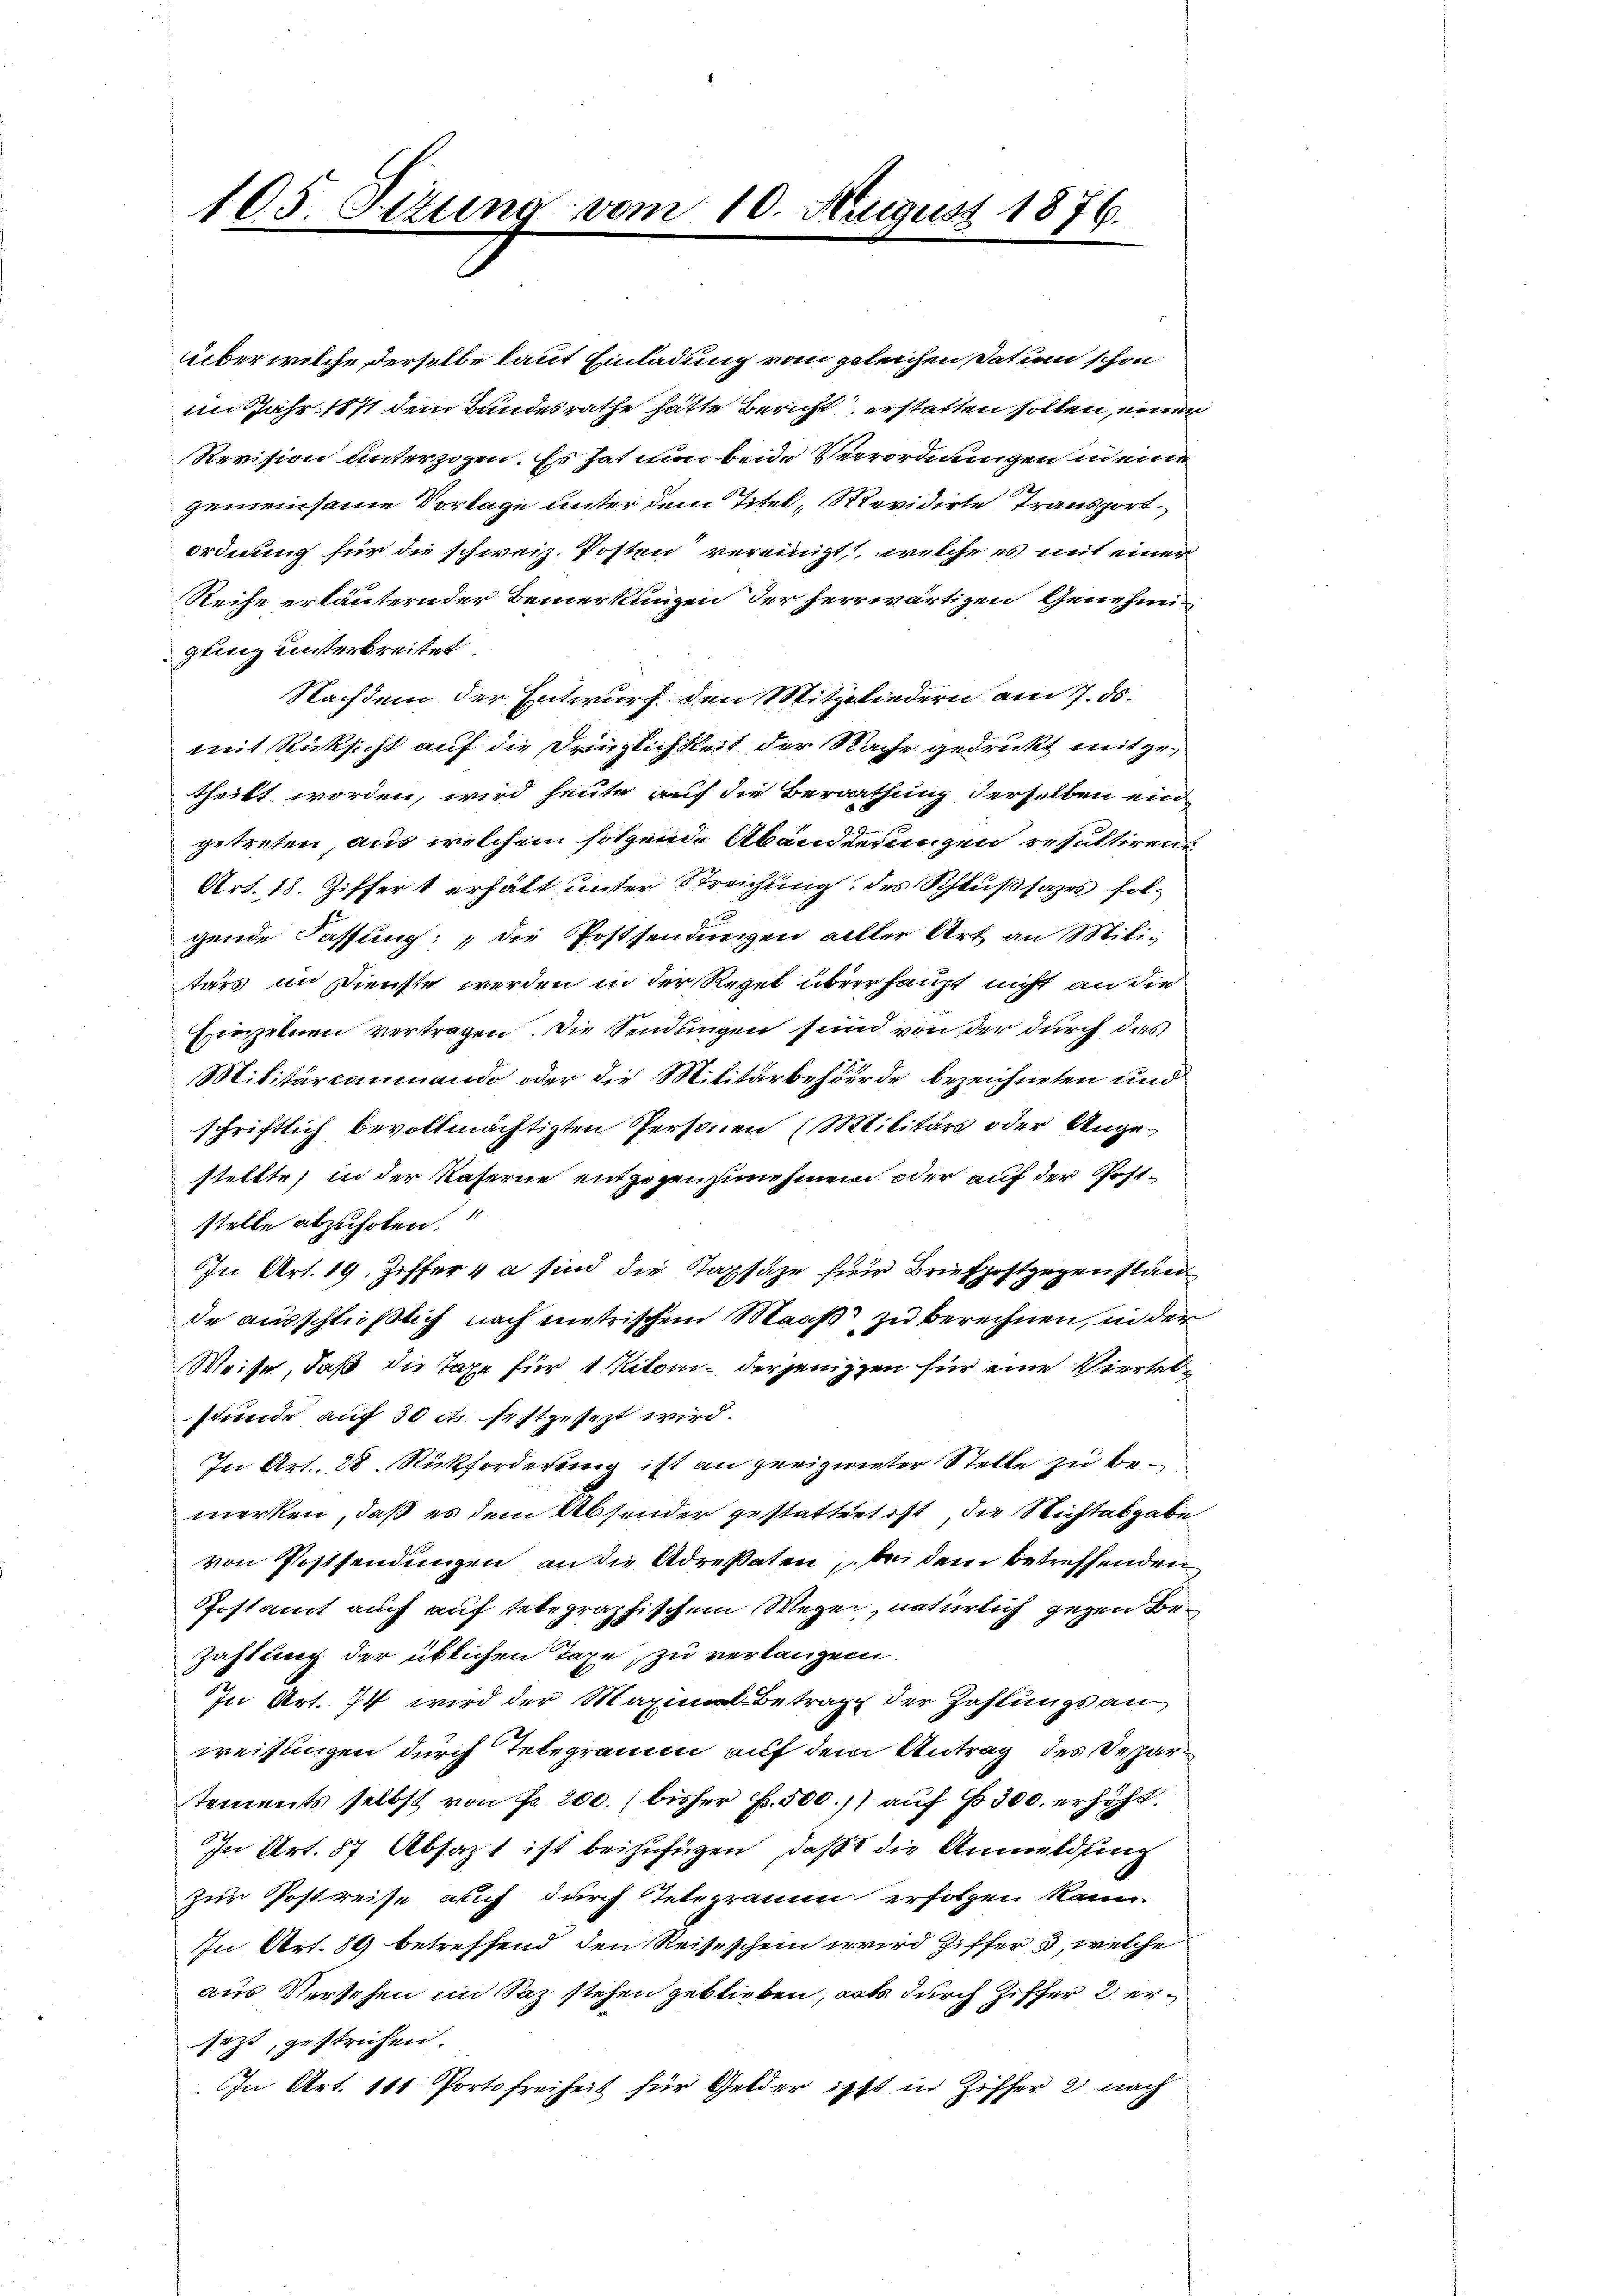
105 Sitzung vom 10. August 1876.

über welche derselbe laut Einladung vom geleichen Datum schon
im Jahr 1871 dem Bundesrathe hätte Bericht erstatten sollen, einer
Revision unterzogen. Es hat nun beide Verrordnungen in eine
gemeinsame Vorlage unter dem Titel, Revidirte Transportordnung für die schweiz. Posten vereinigt, welche es mit einer
Reihe erläuternder Bemerkungen der herrwärtigen Genehmigling unterbreitet.
Nachdem der Entwurf den Mitgliedern am 7. ds.
mit Rücksicht auf die Dringlichkeit der Rache gedruckt mit getheilt worden, wird heute auf die Berathung derselben ein
getreten, aus welchem folgende Abänderungen resultiren
Art. 18. Ziffert erhält unter Streichung des Schlußsazes folgende Fassung: „die Postsendungen aller Art an Miliz
tärs in Dienste werden in der Regel überrhaupt nicht an die
Einzelnen vertragen. Die Sendungen sind von der durch das
Militärcommando oder die Militärbehörde bezeichneten und
schriftlich bevollmächtigten Personen (Militärs oder Angestellte, in der Kaserne entgegenzunehmen oder auf der Poststelle abzuholen.“
In Art. 19. Ziffer 4 a sind die Tapsäze für Briefpostgegenstände ausschlüßlich nach mietrischen Maaß zu berechnen, in der
Weise, daß die Taxe für 1 Kilom, derjenigen für eine Viertelstunde auf 30 cts. festgesezt wird.
In Art. 28. Rückforderung ist an geeignieter Stelle zu bemerken, daß es dem Absender gestattet ist, die Richtabgabe
von Postsendungen an die Adressaten, bei dem betreffenden
Irstamt auch auf telegraphischem Wege, natürlich gegen Be¬
Zahlung der üblichen Tage, zu verlangen.
In Art. 74 wird der Maximal Betrage der Zahlungsan
weisungen durch Telegramm auf dem Antrag des Depar
tements selbst von Fr. 200. (bisher f. 500.) auf 300. erhöht.
In Art. 87 Absazt ist beizufügen, daß die Anmeldung
zur Postreise auch durch Tetegramm erfolgen kann.
In Art. 89 betreffend den Reiseschein wird Ziffer 3, welche
aus Versehen im Saz stehen geblieben, als durch Ziffer 2 ersezt, gestrichen.
In Art. 111 Portofreiheit für Gelder ist in Ziffer 2 nach